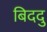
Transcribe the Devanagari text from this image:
बिददु